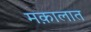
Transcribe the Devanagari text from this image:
मक़ालात